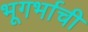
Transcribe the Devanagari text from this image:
भूगर्भाची